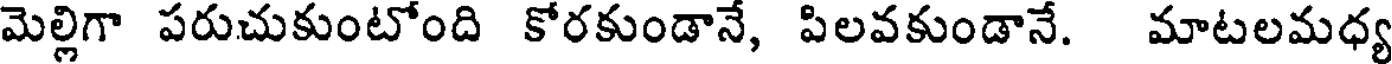
మెల్లిగా పరుచుకుంటోంది కోరకుండానే, పిలవకుండానే. మాటలమధ్య